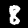
Label: 8